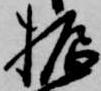
振